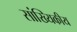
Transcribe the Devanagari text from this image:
सांख्‍यिकीय